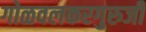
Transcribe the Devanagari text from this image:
गोळवलकरगुरुजी